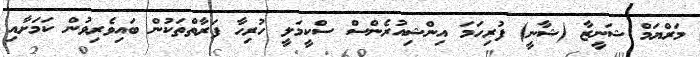
މަރްޔަމް ޝަނީޒާ (ޝާނީ) ފުރިހަމަ އިންޝިއުރެންސް ސްކީމަލީ ހުރިހާ ފަރާތްތަކުން ބައިވެރިވުން ކަމަށާއި